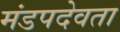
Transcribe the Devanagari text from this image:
मंडपदेवता